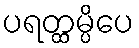
ပရတ္ထမ္ပိပေ